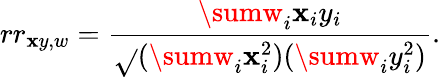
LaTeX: rr_{\mathbf{x}y,w}={\frac{{\sumw_{i}\mathbf{x}_{i}y_{i}}}{{\sqrt{}{{(\sumw_{i}\mathbf{x}_{i}^{2})(\sumw_{i}y_{i}^{2})}}}}}.